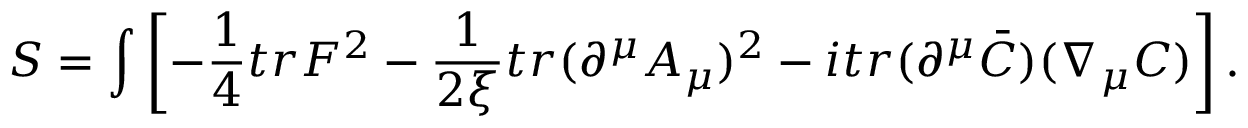
S = \int \left[ - \frac { 1 } { 4 } t r F ^ { 2 } - \frac { 1 } { 2 \xi } t r ( \partial ^ { \mu } A _ { \mu } ) ^ { 2 } - i t r ( \partial ^ { \mu } \bar { C } ) ( \nabla _ { \mu } C ) \right] .